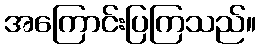
အကြောင်းပြကြသည်။